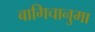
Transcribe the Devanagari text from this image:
बागिचानुमा